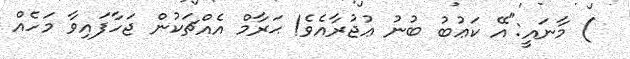
) މާނައީ:"އޭ ކަޢުބު ބުނު ޢުޖުރާއެވެ! ޙަރާމް އެއްޗަކުން ޖަހާފައިވާ މަހެއް